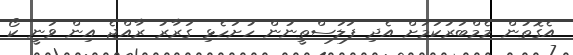
އެގޮތުން މެމްބަރުކަމަށް އެދި ފަލަސްތީނުން ހުށަހެޅި ގަރާރު ރާއްޖެ އިން ވަނީ ކޯ